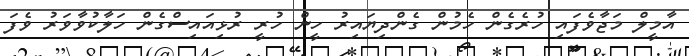
އާމީލް މަޖާވެފައި ހުރެގެން ހެމުން ގެންދިޔައިރު ހީން ހުރީ ރުޅިއައިސްގެން ހަލާކުވާވަރު ވެފަ